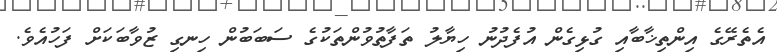
އެތެރޭގެ އިންތިޚާބާއި ގުޅިގެން އުފެދުނު ހިޔާލު ތަފާތުވުންތަކުގެ ސަބަބުން ހިނގި ޒުވާބަކަށް ފަހުއެވެ.